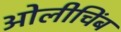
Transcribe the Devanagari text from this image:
ओलीचिंब